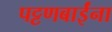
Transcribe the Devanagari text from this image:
पट्टणबाईंना